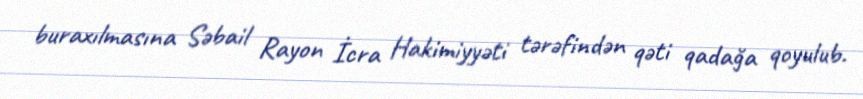
buraxılmasına Səbail Rayon İcra Hakimiyyəti tərəfindən qəti qadağa qoyulub.